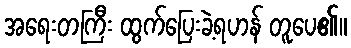
အရေးတကြီး ထွက်ပြေးခဲ့ရဟန် တူပေ၏။